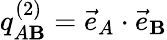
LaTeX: q_{A\mathbf{B}}^{(2)}={\vec{{e}}}_{A}\cdot{\vec{{e}}}_{\mathbf{B}}